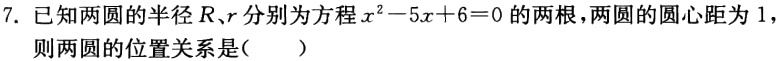
7. 已知两圆的半径\(R\)、\(r\)分别为方程\(x^{2}-5x + 6 = 0\)的两根，两圆的圆心距为\(1\)，则两圆的位置关系是（  ）